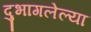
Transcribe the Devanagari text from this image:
दुभागलेल्या